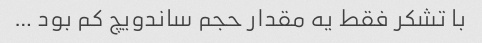
با تشکر فقط یه مقدار حجم ساندویچ کم بود …